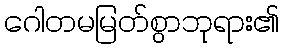
ဂေါတမမြတ်စွာဘုရား၏